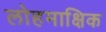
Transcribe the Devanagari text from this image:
लोहमाक्षिक